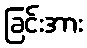
ခြင်းအား